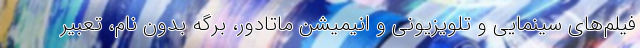
فیلم‌های سینمایی و تلویزیونی و انیمیشن ماتادور، برگه بدون نام، تعبیر